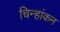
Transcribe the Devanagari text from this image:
चिन्हांकन